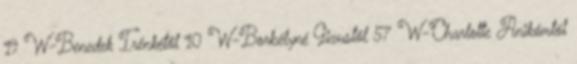
19 W-Benedek Irénkétől 10 W-Borbélyné Gizustól 57 W-Charlotte Anikámtól